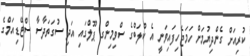
ކުރިއަށް ގެންދިޔުމަށް ހަމަޖެހިފައިވަނީ އެ ކްލަބްގެ ސްވިމިންގ ޕޫލްގައި އަދި ސުގަތަދާސާ ސްޓޭޑިއަމްގެ